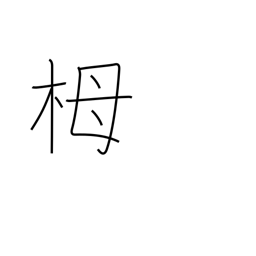
Meaning: hemlock